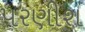
પરણીશ